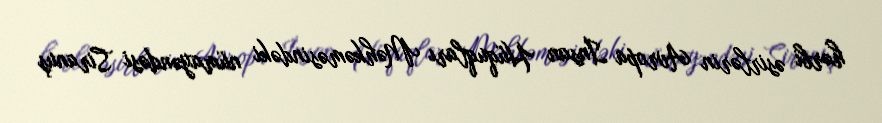
hərbi əsirlərin Avropa İnsan Hüquqları Məhkəməsindəki nümayəndəsi Siranuş